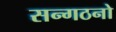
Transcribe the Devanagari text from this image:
सन्गठनो